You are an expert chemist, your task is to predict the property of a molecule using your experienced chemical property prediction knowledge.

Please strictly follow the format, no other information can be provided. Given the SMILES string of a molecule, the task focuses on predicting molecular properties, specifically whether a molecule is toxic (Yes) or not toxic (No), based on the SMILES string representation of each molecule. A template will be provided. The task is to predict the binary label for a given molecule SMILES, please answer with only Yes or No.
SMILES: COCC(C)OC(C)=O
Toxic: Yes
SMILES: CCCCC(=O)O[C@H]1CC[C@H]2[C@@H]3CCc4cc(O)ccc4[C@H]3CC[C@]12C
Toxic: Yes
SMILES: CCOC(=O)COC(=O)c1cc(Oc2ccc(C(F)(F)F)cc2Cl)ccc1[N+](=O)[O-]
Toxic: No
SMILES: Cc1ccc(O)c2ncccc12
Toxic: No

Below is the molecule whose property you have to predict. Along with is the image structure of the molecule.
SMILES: COc1cccc2c1C(=O)c1c(O)c3c(c(O)c1C2=O)C[C@@](O)(C(=O)CO)C[C@@H]3O[C@H]1C[C@H](N)[C@H](O[C@@H]2CCCCO2)[C@H](C)O1
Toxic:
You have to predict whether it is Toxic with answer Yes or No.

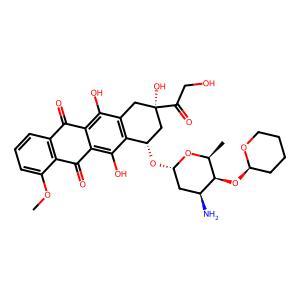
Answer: No